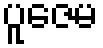
ပူဇေမ